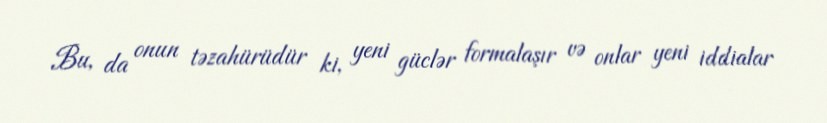
Bu, da onun təzahürüdür ki, yeni güclər formalaşır və onlar yeni iddialar